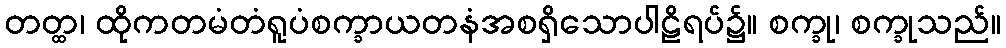
တတ္ထ၊ ထိုကတမံတံရူပံစက္ခာယတနံအစရှိသောပါဠိရပ်၌။ စက္ခု၊ စက္ခုသည်။